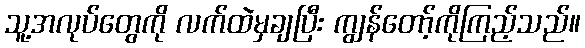
သူ့အလုပ်တွေကို လက်ထဲမှချပြီး ကျွန်တော့်ကိုကြည့်သည်။